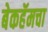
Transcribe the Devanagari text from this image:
बेकहॅमचा